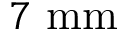
7 ~ \mathrm { m m }